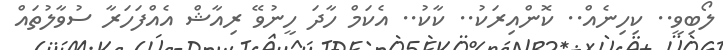
ލޯބިވީ.. ކިހިނެއް.. ކޮންއިރަކު.. ކާކު.. އެކަމް ހާދަ ހީނުވޭ ރިއާޝް އެއްފަހަރާ ސުވާލުތައް